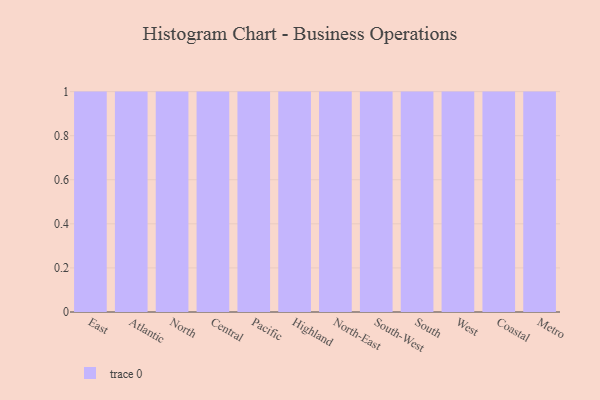
{"axis": {"x": "Region", "y": "Waste Production (Tons)"}, "legend": [""], "data": [{"x": "East", "y": 21, "type": ""}, {"x": "Atlantic", "y": 17, "type": ""}, {"x": "North", "y": 100, "type": ""}, {"x": "Central", "y": 83, "type": ""}, {"x": "Pacific", "y": 7, "type": ""}, {"x": "Highland", "y": 12, "type": ""}, {"x": "North-East", "y": 47, "type": ""}, {"x": "South-West", "y": 41, "type": ""}, {"x": "South", "y": 80, "type": ""}, {"x": "West", "y": 75, "type": ""}, {"x": "Coastal", "y": 68, "type": ""}, {"x": "Metro", "y": 76, "type": ""}]}